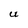
Character: U